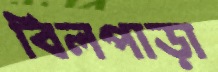
বিলপাড়া